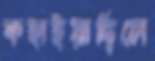
কহাইয়াছিলে